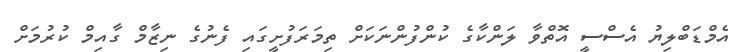
އެމްޑަބްލިޔު އެސްސީ އޮތްވާ ލަންކާގެ ކުންފުންނަކަށް ތިމަރަފުށީގައި ފެނުގެ ނިޒާމް ގާއިމް ކުރުމަށް